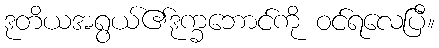
ဒုတိယအရွယ်၏ဒုက္ခဘောင်ကို ဝင်ရလေပြီ။